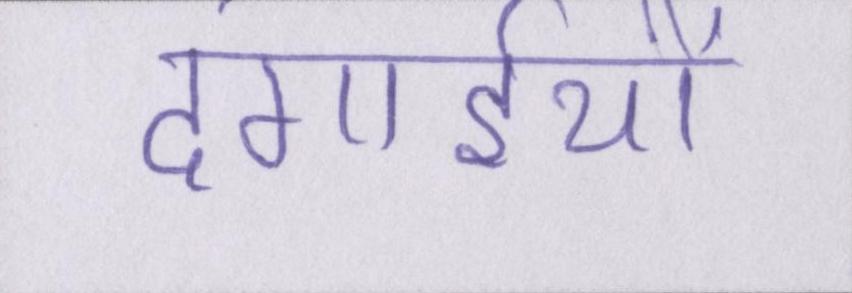
दंगाईयो